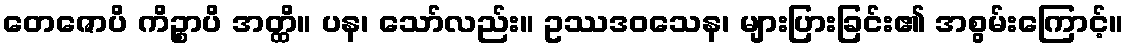
တေဇောပိ ကိဉ္စာပိ အတ္ထိ။ ပန၊ သော်လည်း။ ဥဿဒဝသေန၊ များပြားခြင်း၏ အစွမ်းကြောင့်။